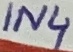
Text: IN4